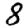
Digit: 8